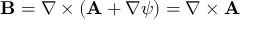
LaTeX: { \mathbf { B } } = \nabla \times ( { \mathbf { A } } + \nabla \psi ) = \nabla \times { \mathbf { A } }